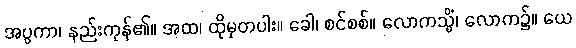
အပ္ပကာ၊ နည်းကုန်၏။ အထ၊ ထိုမှတပါး။ ခေါ၊ စင်စစ်။ လောကသ္မိံ၊ လောက၌။ ယေ